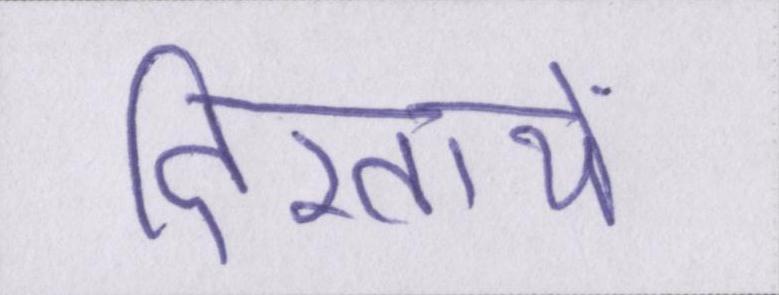
दिखायें